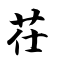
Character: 茌